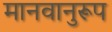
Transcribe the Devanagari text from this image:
मानवानुरूप